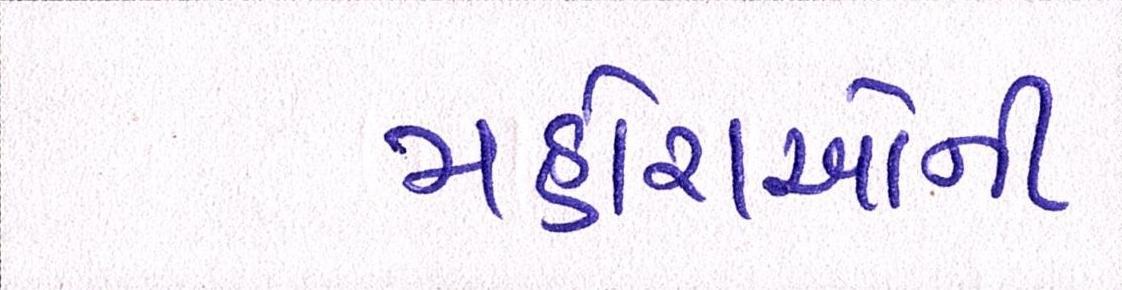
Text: મહોરાઓની